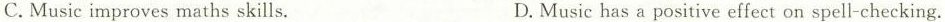
C.Music improves maths skills. D.Music has a positive effect on spell-checking.